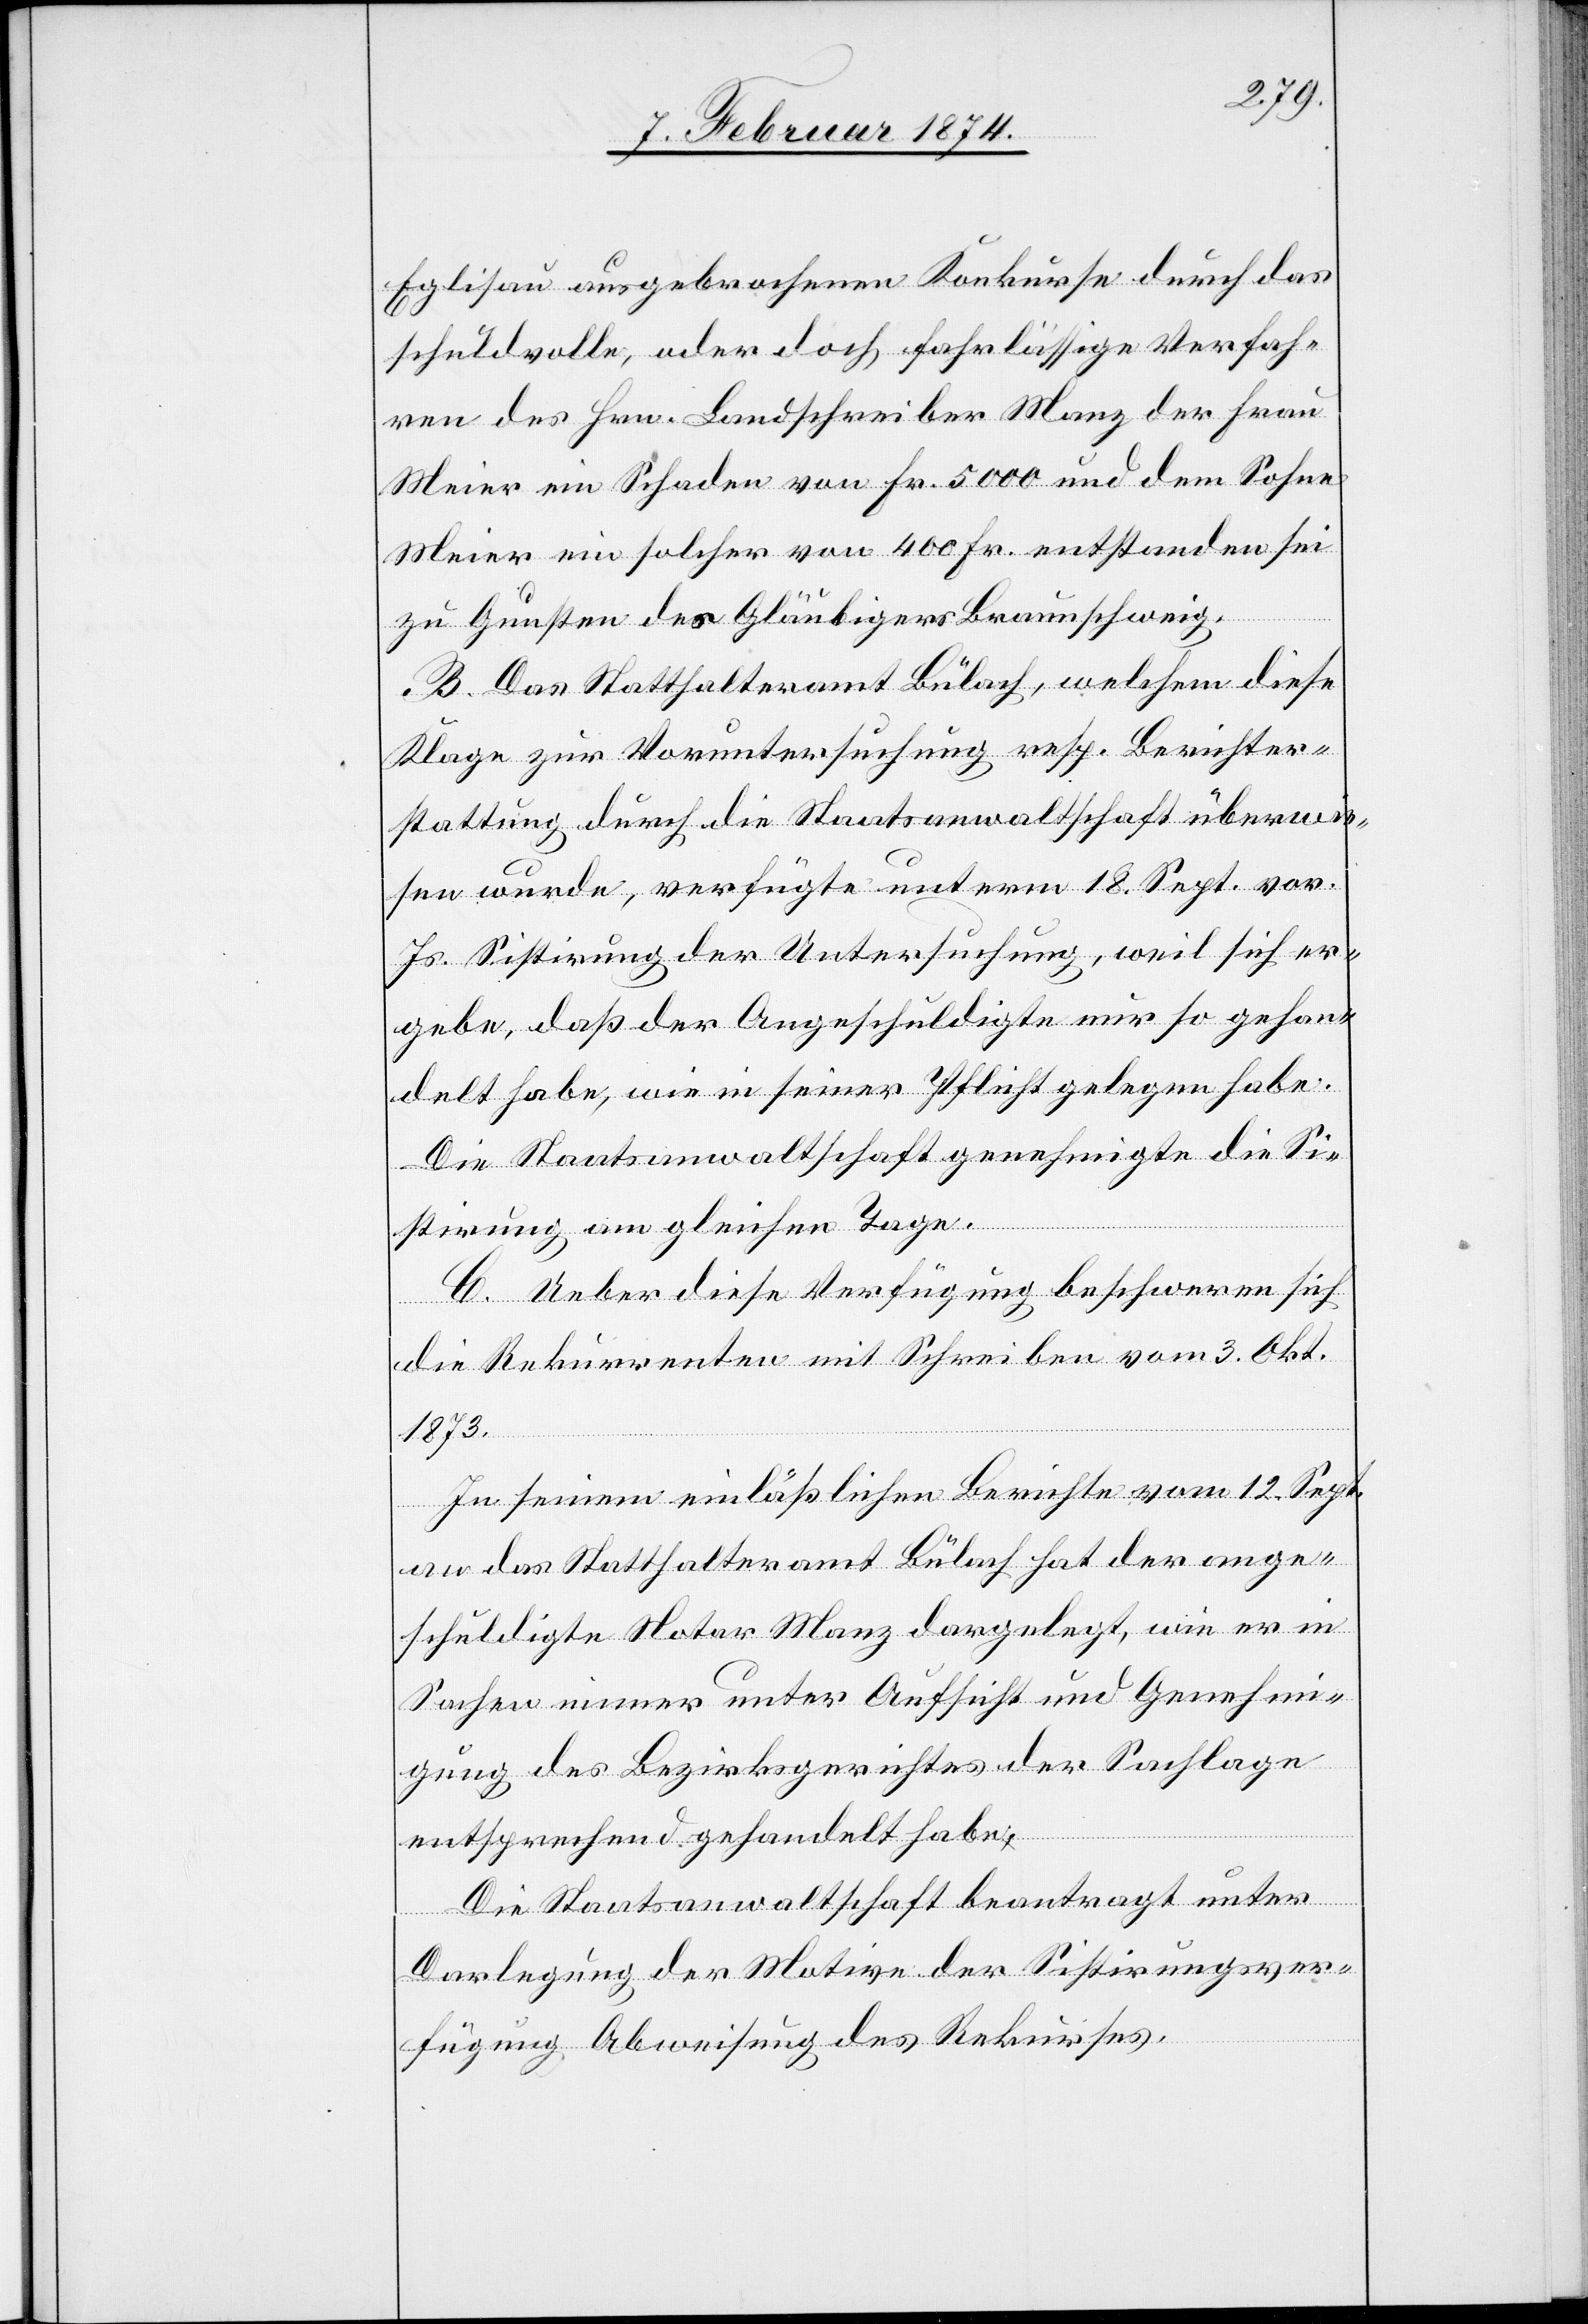
Eglisau ausgebrochenen Konkurse durch das
schuldvolle, oder doch fahrlässige Verfah¬
ren des Hrn. Landschreiber Manz der Frau
Meier ein Schaden von Fr. 5000 und dem Sohne
Meier ein solcher von 400 Fr. entstanden sei
zu Gunsten des Gläubigers Braunschweig.
B. Das Statthalteramt Bülach, welchem diese
Klage zur Voruntersuchung resp. Berichter¬
stattung durch die Staatsanwaltschaft überwie¬
sen wurde, verfügte unterm 18. Sept. vor.
Js. Sistirung der Untersuchung, weil sich er¬
gebe, daß der Angeschuldigte nur so gehan¬
delt habe, wie in seiner Pflicht gelegen habe.
Die Staatsanwaltschaft genehmigte die Si¬
stirung am gleichen Tage.
C. Ueber diese Verfügung beschweren sich
die Rekurrenten mit Schreiben vom 3. Okt.
1873.
In seinem einläßlichen Berichte vom 12. Sept.
an das Statthalteramt Bülach hat der ange¬
schuldigte Notar Manz dargelegt, wie er in
Sachen einer unter Aufsicht und Genehmi¬
gung des Bezirksgerichtes der Sachlage
entsprechend gehandelt habe.
Die Staatsanwaltschaft beantragt unter
Darlegung der Motive der Sistirungsver¬
fügung Abweisung des Rekurses.